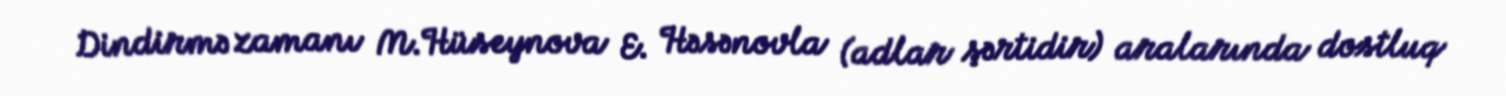
Dindirmə zamanı M.Hüseynova E. Həsənovla (adlar şərtidir) aralarında dostluq